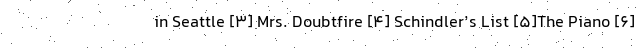
in Seattle [۳] Mrs. Doubtfire [۴] Schindler’s List [۵]The Piano [۶]